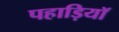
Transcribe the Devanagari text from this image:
पहाड़ियॉ